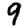
Digit: 9